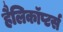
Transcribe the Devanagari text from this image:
हैलिकॉप्टर्स